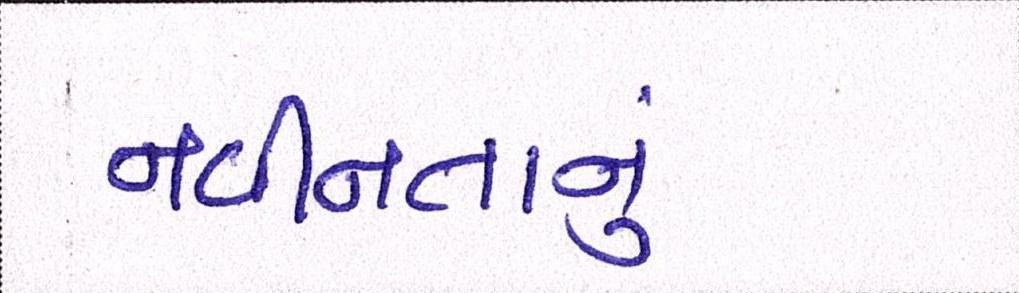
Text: નવીનતાનું